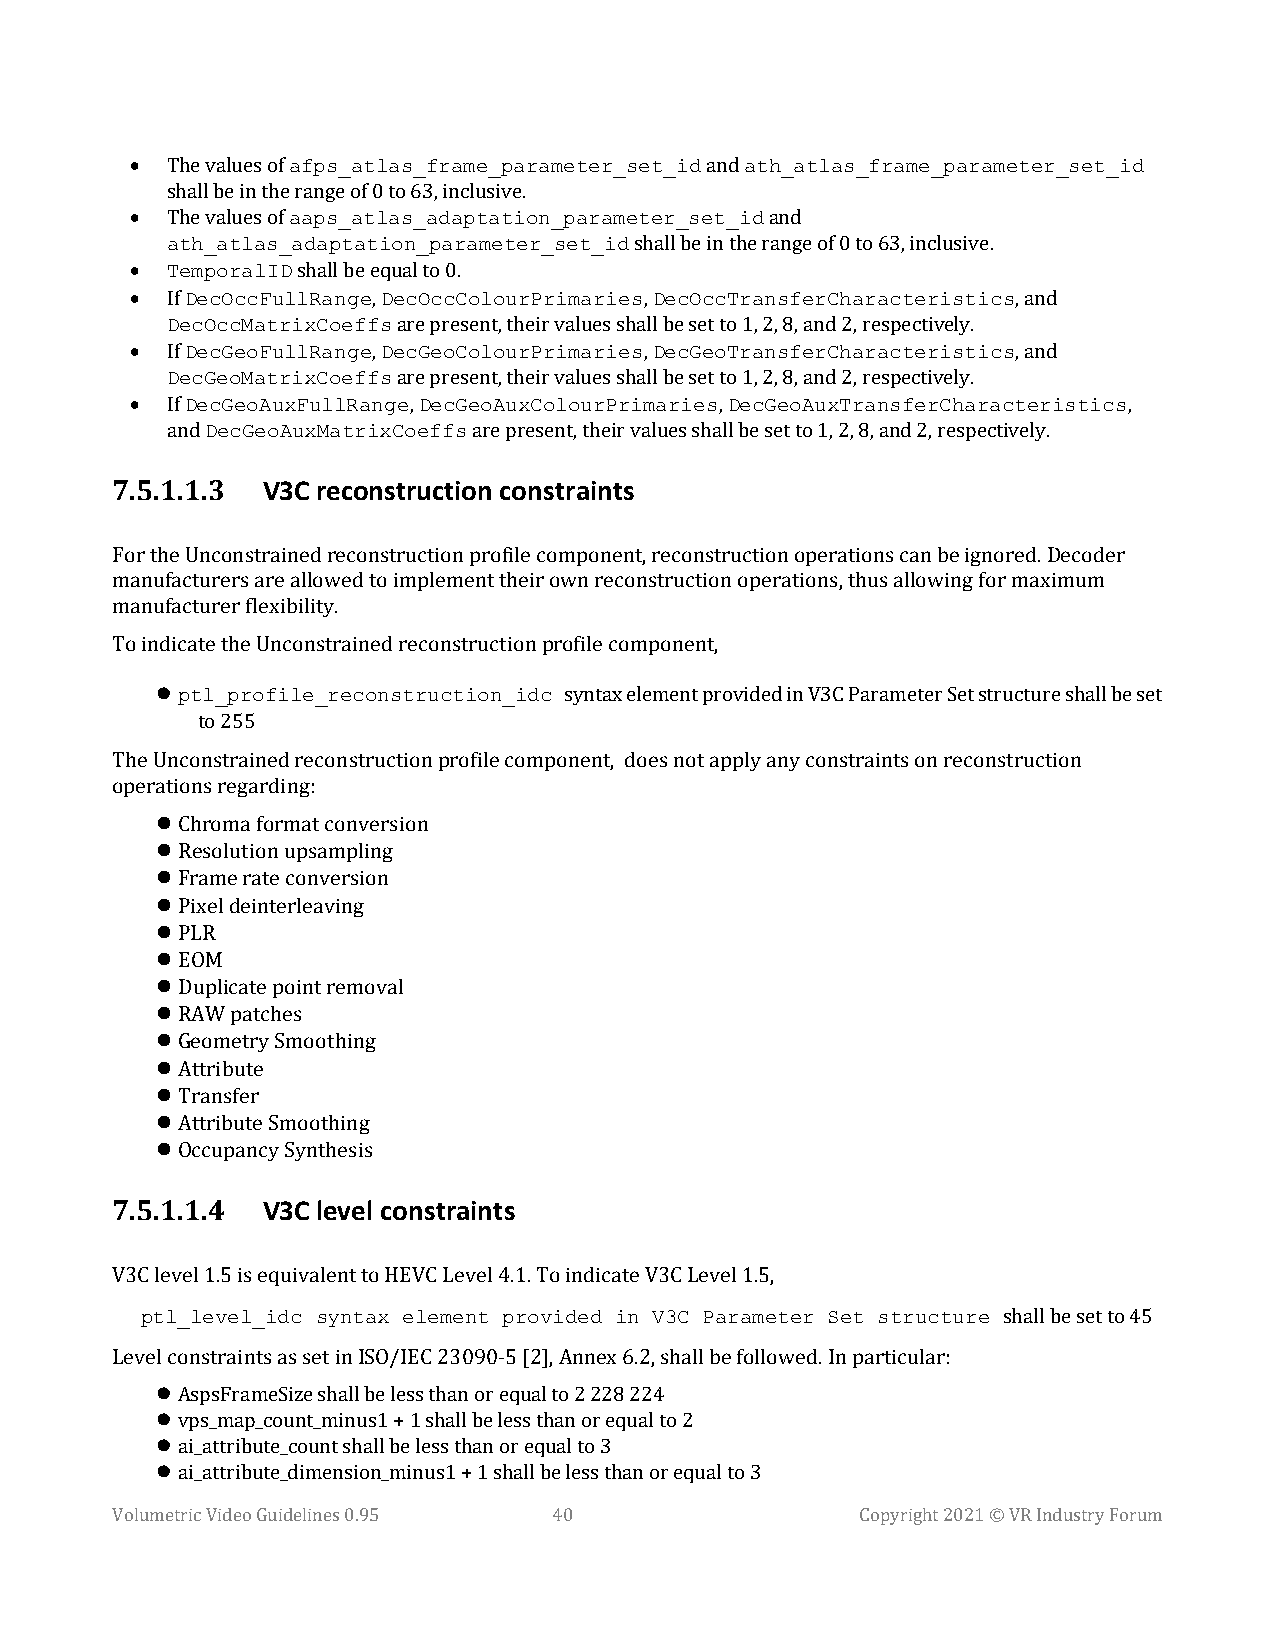
•
 afps_atlas_frame_parameter_set_id ath_atlas_frame_parameter_set_id
 • The values of                       and
 aaps_atlas_adaptation_parameter_set_id
 shall be in the range of 0 to 63, inclusive.
 ath_atlas_adaptation_parameter_set_id
 The values of                           and
 •
 TemporalID
 shall be in the range of 0 to 63, inclusive.
 •
 DecOccFullRange DecOccColourPrimaries DecOccTransferCharacteristics
 shall be equal to 0.
 DecOccMatrixCoeffs
 If            ,                 ,                       , and
 •
 DecGeoFullRange DecGeoColourPrimaries DecGeoTransferCharacteristics
 are present, their values shall be set to 1, 2, 8, and 2, respectively.
 DecGeoMatrixCoeffs
 If            ,                 ,                       , and
 •
 DecGeoAuxFullRange DecGeoAuxColourPrimaries DecGeoAuxTransferCharacteristics
 are present, their values shall be set to 1, 2, 8, and 2, respectively.
 DecGeoAuxMatrixCoeffs
 If              ,                    ,                          ,
 and                 are present, their values shall be set to 1, 2, 8, and 2, respectively.
 7.5.1.1.3 V3C reconstruction constraints
 For the Unconstrained reconstruction profile component, reconstruction operations can be ignored. Decoder
 manufacturers are allowed to implement their own reconstruction operations, thus allowing for maximum
 manufacturer flexibility.
 To ind icate the Unconstrained reconstruction profile component,
 ptl_profile_reconstruction_idc
 syntax element provided in V3C Parameter Set structure shall be set
 to 255
 The Unconstrained reconstruction profile component, does not apply any constraints on reconstruction
 
 operations regarding:
 
  Chroma format conversion
  Resolution upsampling
  Frame rate conversion
  Pixel deinterleaving
  PLR
  EOM
  Duplicate point removal
  RAW patches
  Geometry Smoothing
  Attribute
  Transfer
 Attribute Smoothing
 Occupancy Synthesis
 7.5.1.1.4 V3C level constraints
 V3Cp tlelv_ell e1v.5e ils _eiqduciv asleynntt taox H EeVlCe mLeevnetl 4p.1r.o Tvoi idneddic aitne VV33CC L ePvaerl a1m.5e, t er Set structure
 shall be set to 45
 
 Level constraints as set in ISO/IEC 23090-5 [2], Annex 6.2, shall be followed. In particular:
 
  AspsFrameSize shall be less than or equal to 2 228 224
  vps_map_count_minus1 + 1 shall be less than or equal to 2
 ai_attribute_count shall be less than or equal to 3
 ai_attribute_dimension_minus1 + 1 shall be less than or equal to 3
 Volumetric Video Guidelines 0.95 40               Copyright 2021 © VR Industry Forum